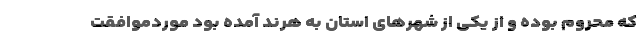
که محروم بوده و از یکی از شهرهای استان به هرند آمده بود موردموافقت